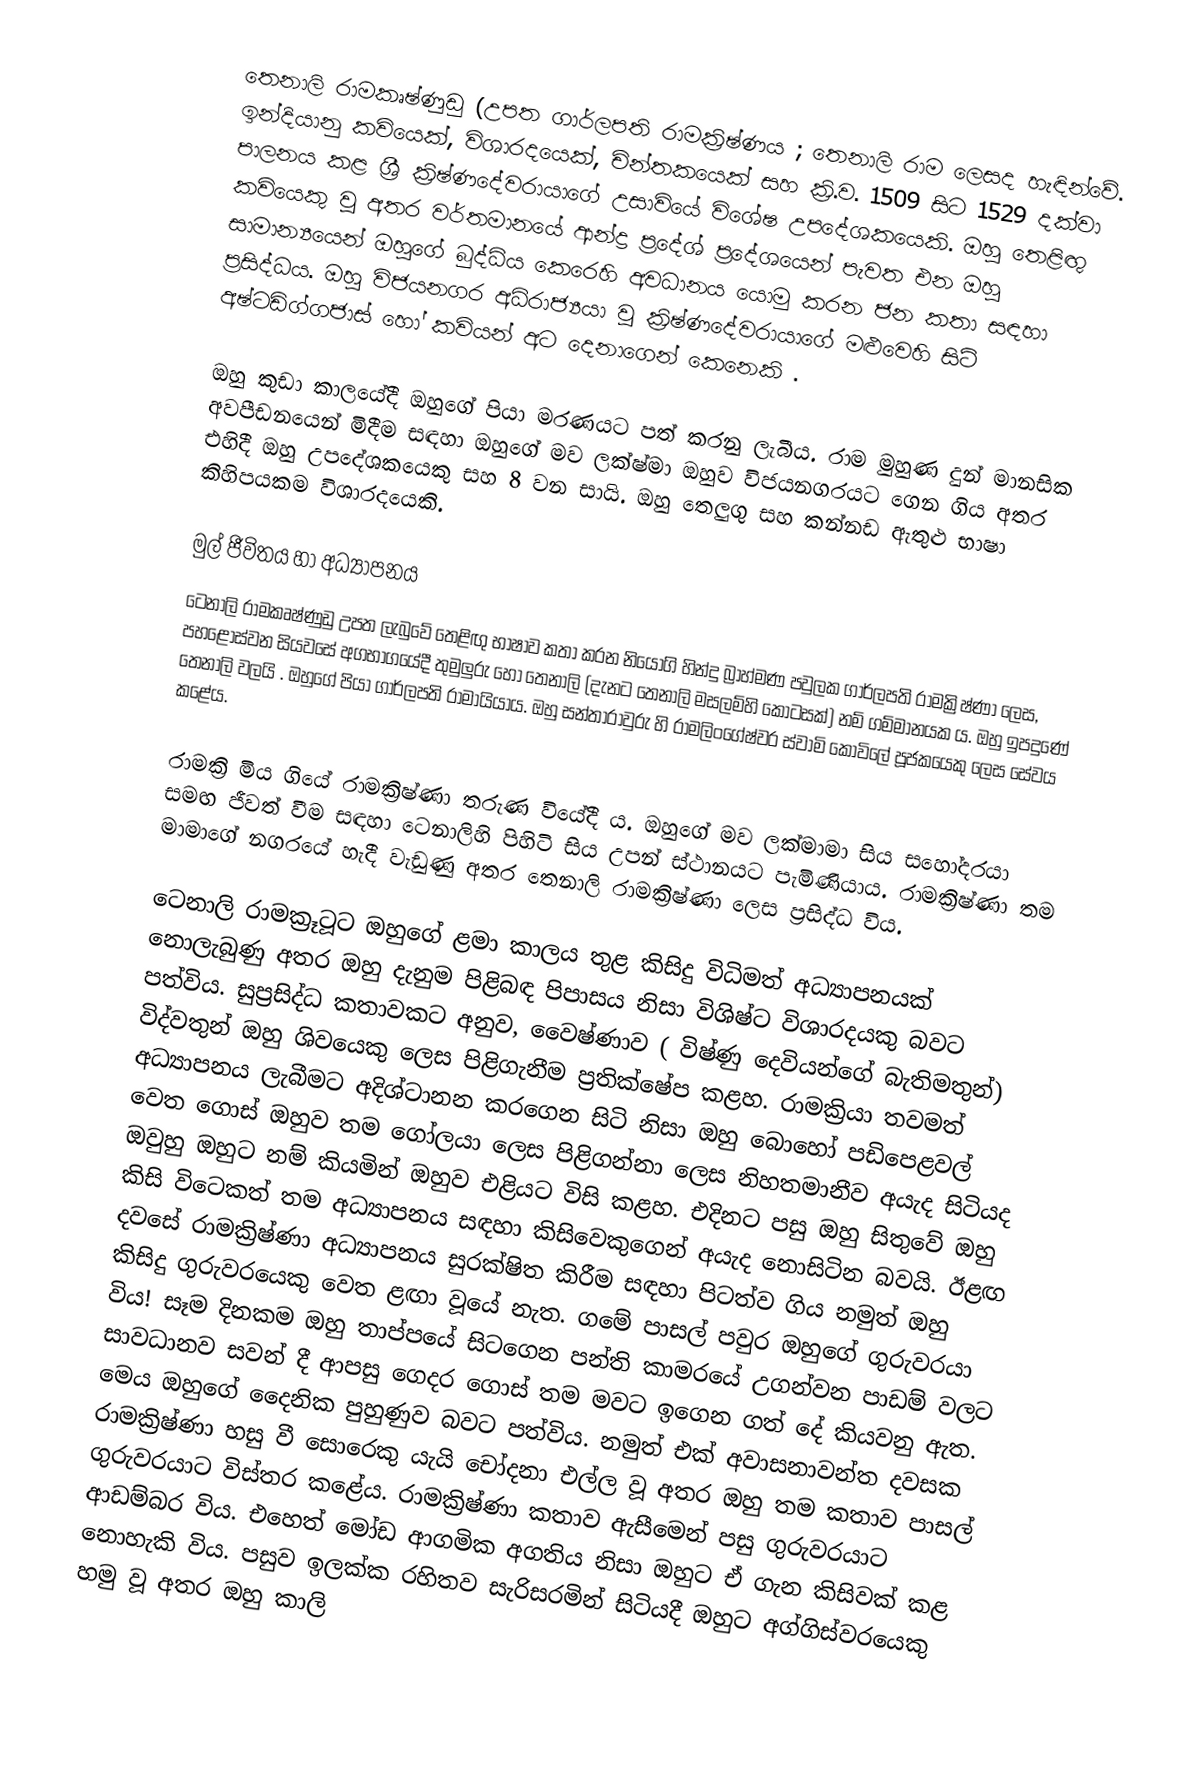
තෙනාලි රාමකෘෂ්ණුඩු  (උපත ගාර්ලපති රාමක්‍රිෂ්ණය ; තෙනාලි රාම ලෙසද හැඳින්වේ. ඉන්දියානු කවියෙක්, විශාරදයෙක්, චින්තකයෙක් සහ ක්‍රි.ව. 1509 සිට 1529 දක්වා පාලනය කළ ශ්‍රී ක්‍රිෂ්ණදේවරායාගේ උසාවියේ විශේෂ උපදේශකයෙකි.  ඔහු තෙළිඟු කවියෙකු වූ අතර වර්තමානයේ ආන්ද්‍ර ප්‍රදේශ් ප්‍රදේශයෙන් පැවත එන ඔහු සාමාන්‍යයෙන් ඔහුගේ බුද්ධිය කෙරෙහි අවධානය යොමු කරන ජන කතා සඳහා ප්‍රසිද්ධය.  ඔහු විජයනගර අධිරාජ්‍යයා වූ ක්‍රිෂ්ණදේවරායාගේ මළුවෙහි සිටි අෂ්ටඩිග්ගජාස් හෝ කවියන් අට දෙනාගෙන් කෙනෙකි .

ඔහු කුඩා කාලයේදී ඔහුගේ පියා මරණයට පත් කරනු ලැබීය.  රාම මුහුණ දුන් මානසික අවපීඩනයෙන් මිදීම සඳහා ඔහුගේ මව ලක්ෂ්මා ඔහුව විජයනගරයට ගෙන ගිය අතර එහිදී ඔහු උපදේශකයෙකු සහ 8 වන සායි. ඔහු තෙලුගු සහ කන්නඩ ඇතුළු භාෂා කිහිපයකම විශාරදයෙකි.

මුල් ජීවිතය හා අධ්‍යාපනය
ටෙනාලි රාමකෘෂ්ණුඩු උපත ලැබුවේ තෙළිඟු භාෂාව කතා කරන නියෝගි හින්දු බ්‍රාහ්මණ පවුලක  ගාර්ලපති රාමක්‍රිෂ්ණා ලෙස, පහළොස්වන සියවසේ අගභාගයේදී තුමුලුරු හෝ තෙනාලි (දැනට තෙනාලි මසලම්හි කොටසක්) නම් ගම්මානයක ය. ඔහු ඉපදුණේ තෙනාලි වලයි . ඔහුගේ පියා ගාර්ලපති රාමායියාය. ඔහු සන්තාරාවුරු හි රාමලිංගේෂ්වර ස්වාමි කෝවිලේ පූජකයෙකු ලෙස සේවය කළේය.

රාමක්‍රි මිය ගියේ රාමක්‍රිෂ්ණා තරුණ වියේදී ය. ඔහුගේ මව ලක්මාමා සිය සහෝදරයා සමඟ ජීවත් වීම සඳහා ටෙනාලිහි පිහිටි සිය උපන් ස්ථානයට පැමිණියාය. රාමක්‍රිෂ්ණා තම මාමාගේ නගරයේ හැදී වැඩුණු අතර තෙනාලි රාමක්‍රිෂ්ණා ලෙස ප්‍රසිද්ධ විය.

ටෙනාලි රාමක්‍රූටූට ඔහුගේ ළමා කාලය තුළ කිසිදු විධිමත් අධ්‍යාපනයක් නොලැබුණු අතර ඔහු දැනුම පිළිබඳ පිපාසය නිසා විශිෂ්ට විශාරදයකු බවට පත්විය. සුප්‍රසිද්ධ කතාවකට අනුව, වෛෂ්ණාව ( විෂ්ණු දෙවියන්ගේ බැතිමතුන්) විද්වතුන් ඔහු ශිවයෙකු ලෙස පිළිගැනීම ප්‍රතික්ෂේප කළහ. රාමක්‍රියා තවමත් අධ්‍යාපනය ලැබීමට අදිශ්ටානන කරගෙන සිටි නිසා ඔහු බොහෝ පඩිපෙළවල් වෙත ගොස් ඔහුව තම ගෝලයා ලෙස පිළිගන්නා ලෙස නිහතමානීව අයැද සිටියද ඔවුහු ඔහුට නම් කියමින් ඔහුව එළියට විසි කළහ. එදිනට පසු ඔහු සිතුවේ ඔහු කිසි විටෙකත් තම අධ්‍යාපනය සඳහා කිසිවෙකුගෙන් අයැද නොසිටින බවයි. ඊළඟ දවසේ රාමක්‍රිෂ්ණා අධ්‍යාපනය සුරක්ෂිත කිරීම සඳහා පිටත්ව ගිය නමුත් ඔහු කිසිදු ගුරුවරයෙකු වෙත ළඟා වූයේ නැත. ගමේ පාසල් පවුර ඔහුගේ ගුරුවරයා විය! සෑම දිනකම ඔහු තාප්පයේ සිටගෙන පන්ති කාමරයේ උගන්වන පාඩම් වලට සාවධානව සවන් දී ආපසු ගෙදර ගොස් තම මවට ඉගෙන ගත් දේ කියවනු ඇත. මෙය ඔහුගේ දෛනික පුහුණුව බවට පත්විය. නමුත් එක් අවාසනාවන්ත දවසක රාමක්‍රිෂ්ණා හසු වී සොරෙකු යැයි චෝදනා එල්ල වූ අතර ඔහු තම කතාව පාසල් ගුරුවරයාට විස්තර කළේය. රාමක්‍රිෂ්ණා කතාව ඇසීමෙන් පසු ගුරුවරයාට ආඩම්බර විය. එහෙත් මෝඩ ආගමික අගතිය නිසා ඔහුට ඒ ගැන කිසිවක් කළ නොහැකි විය. පසුව ඉලක්ක රහිතව සැරිසරමින් සිටියදී ඔහුට අග්ගිස්වරයෙකු හමු වූ අතර ඔහු කාලි